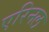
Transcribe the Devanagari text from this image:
एरिनल